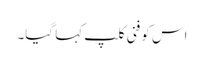
اس کو فنی کلپ کہا گیا۔